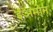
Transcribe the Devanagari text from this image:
ईअमोन